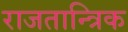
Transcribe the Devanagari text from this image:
राजतान्त्रिक